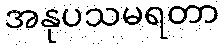
အနုပသမရတာ